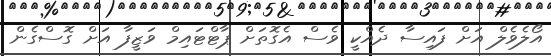
އޯލެވެލް އަށް ފައިސާ ދެއްކީ ވެސް އެގޮތަށް ޕާޓްޓައިމް ވަޒީފާ އަށް ގޮސްގެން